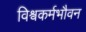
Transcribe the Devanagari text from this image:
विश्वकर्मभौवन